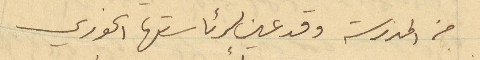
من المدرسة وقد عين لرئاستها الخوري